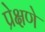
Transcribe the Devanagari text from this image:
प्रेक्षणे